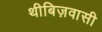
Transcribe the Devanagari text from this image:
थीबिज़वासी